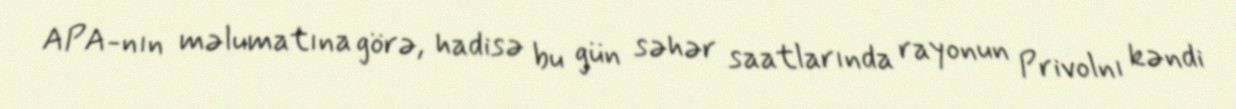
APA-nın məlumatına görə, hadisə bu gün səhər saatlarında rayonun Privolnı kəndi